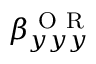
\beta _ { y y y } ^ { \mathrm { ~ O ~ R ~ } }